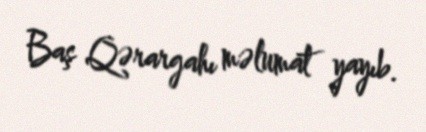
Baş Qərargahı məlumat yayıb.